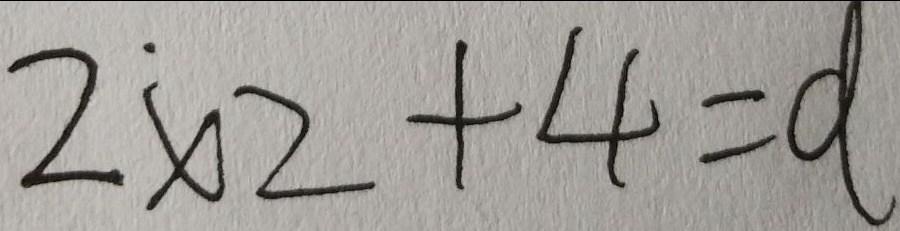
2 \times 2 + 4 = d